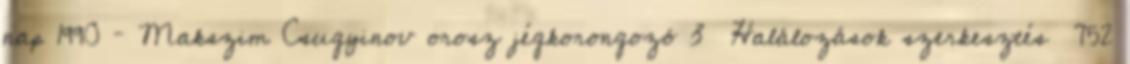
nap 1990 – Makszim Csugyinov orosz jégkorongozó 3 Halálozások szerkesztés 752